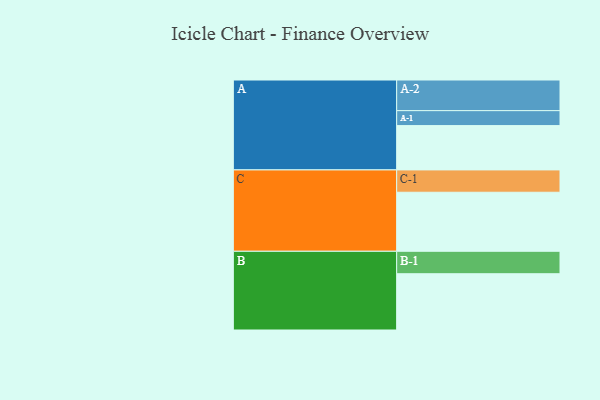
{"axis": {"x": "Segment", "y": "Value"}, "legend": ["", "A", "B", "C"], "data": [{"x": "A", "y": 415, "type": ""}, {"x": "B", "y": 527, "type": ""}, {"x": "C", "y": 553, "type": ""}, {"x": "A-1", "y": 140, "type": "A"}, {"x": "A-2", "y": 287, "type": "A"}, {"x": "B-1", "y": 210, "type": "B"}, {"x": "C-1", "y": 209, "type": "C"}]}